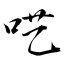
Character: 呓